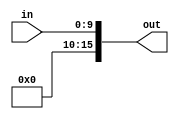
`ifndef __EXT0_V
`define __EXT0_V


module ext0( in, out);
	input [9:0] in;
	output [15:0] out;
	assign out[9:0]= in;
	assign out[15:10]= 6'b0;
endmodule 

`endif // __EXT0_V